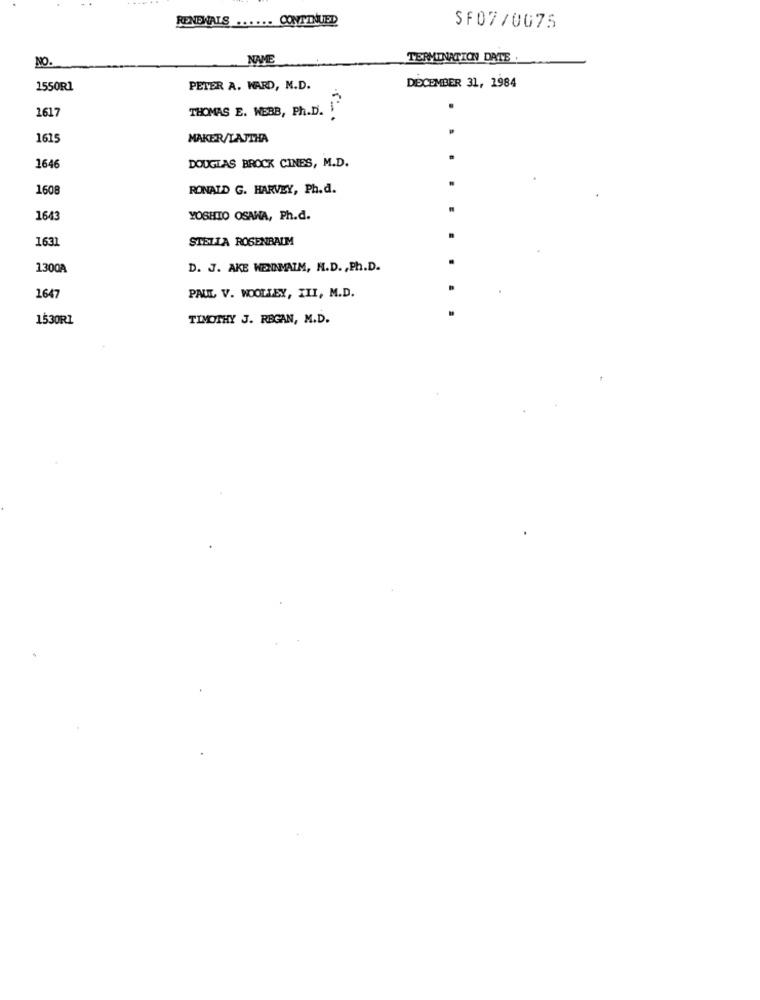
RENEWALS ...... CONTINUED
SF07/0075
NO.
NAME
TERMINATION DATE .
1550R1
PETER A. WARD, M.D.
DECEMBER 31, 1984
1617
THOMAS E. WEBB, Ph.D. I
.
1615
MAKER/LAJTHA
1646
DOUGLAS BROCK CINES, M.D.
1608
RONALD G. HARVEY, Ph.d.
1643
YOSHIO OSAWA, Ph.d.
1631
STELLA ROSENBAUM
1300A
D. J. AKE WENNMAIM, H.D ., Ph.D.
1647
PAUL V. WOOLLEY, III, M.D.
1530R1
TIMOTHY J. REGAN, M.D.